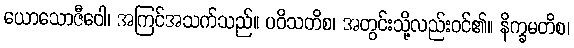
ယောသောဇီဝေါ၊ အကြင်အသက်သည်။ ပဝိသတိစ၊ အတွင်းသို့လည်းဝင်၏။ နိက္ခမတိစ၊